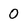
Character: 0